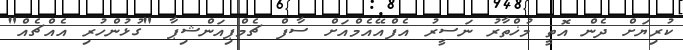
ކުރިޔަށް ދެން އޮތީ މުޚްތާރު ނަސީރު އެފްއޭއެމްއަށް ސާފް ޗެމްޕިއަންޝިޕާ "ގުޅުންހުރި އެއްޗެއް"